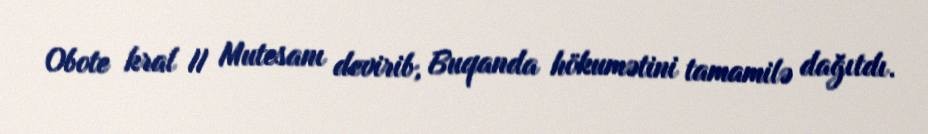
Obote kral II Mutesanı devirib, Buqanda hökumətini tamamilə dağıtdı.